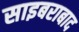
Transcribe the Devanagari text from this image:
साइबराबाद